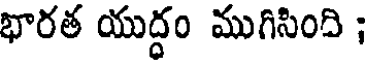
భారత యుద్ధం ముగిసింది ;